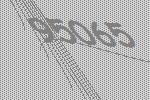
95065